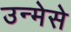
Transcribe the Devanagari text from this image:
उन्मेसे